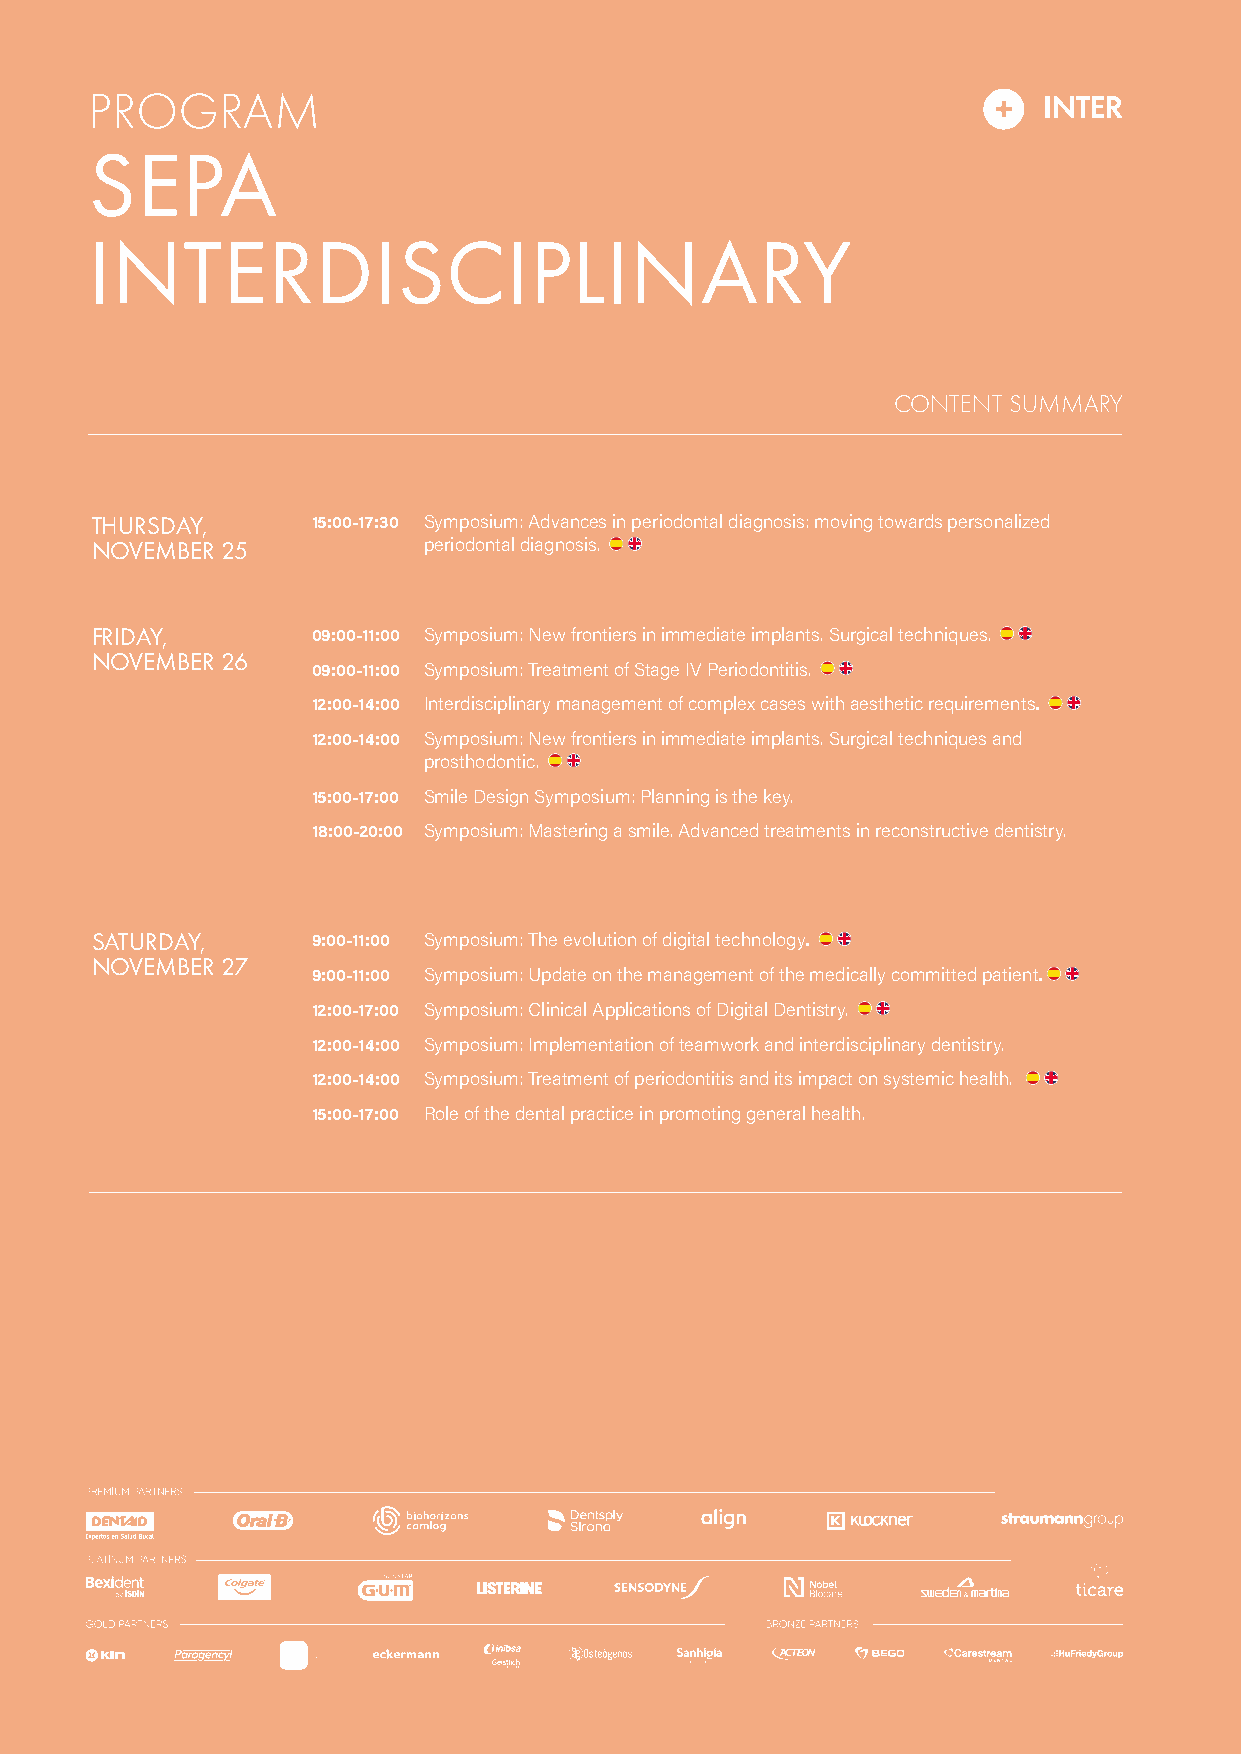
MANAGEMENT
 Spanish English
 HYGIENE
 14PROGRAM
 SEPA
 INTERDISCIPLINARY
 CONTENT SUMMARY
 THURSDAY,      15:00-17:30 Symposium: Advances in periodontal diagnosis: moving towards personalized
 NOVEMBER 25           periodontal diagnosis.
 FRIDAY,        09:00-11:00 Symposium: New frontiers in immediate implants. Surgical techniques.
 NOVEMBER 26
 09:00-11:00 Symposium: Treatment of Stage IV Periodontitis.
 12:00-14:00 Interdisciplinary management of complex cases with aesthetic requirements.
 12:00-14:00 Symposium: New frontiers in immediate implants. Surgical techniques and
 prosthodontic.
 15:00-17:00 Smile Design Symposium: Planning is the key.
 18:00-20:00 Symposium: Mastering a smile. Advanced treatments in reconstructive dentistry.
 SATURDAY,      9:00-11:00 Symposium: The evolution of digital technology.
 NOVEMBER 27
 9:00-11:00 Symposium: Update on the management of the medically committed patient.
 12:00-17:00 Symposium: Clinical Applications of Digital Dentistry.
 12:00-14:00 Symposium: Implementation of teamwork and interdisciplinary dentistry.
 12:00-14:00 Symposium: Treatment of periodontitis and its impact on systemic health.
 15:00-17:00 Role of the dental practice in promoting general health.